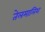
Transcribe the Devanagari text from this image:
तेलमालिश